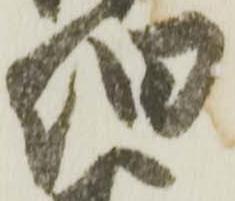
伯